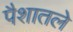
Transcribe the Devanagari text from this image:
पैशातले